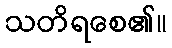
သတိရစေ၏။